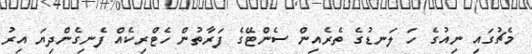
މެޗުގައި ނިއުގެ ހަ ލަނޑުގެ ތެރެއިން ސެންޓޭގެ ފަރާތުން ހެޓްރިކެއް ފެނިގެންދިޔަ އިރު